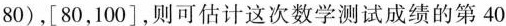
80)，[80，100]，则可估计这次数学测试成绩的第40